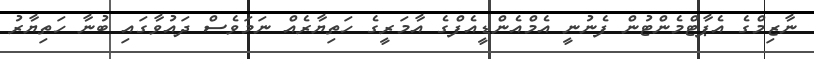
ނާޒިމްގެ އެޕާޓްމެންޓުން ފެނުނީ އެމްއެންޑީއެފްގެ އާމަރީގެ ހަތިޔާރެއް ނަމަވެސް ދައުވާގައި ބުނާ ހަތިޔާރު